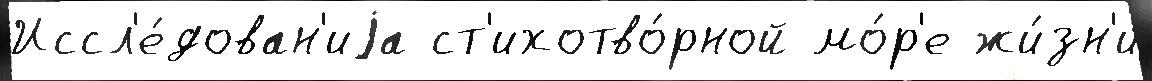
Иссл'е́дован'иjа ст'ихотво́рной мо́р'е жи́зн'и